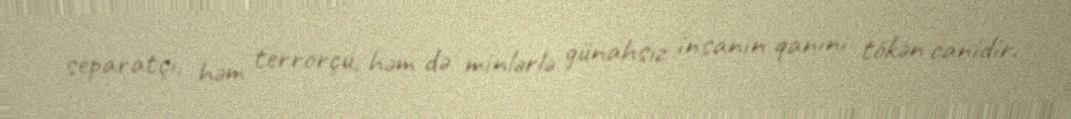
separatçı, həm terrorçu, həm də minlərlə günahsız insanın qanını tökən canidir.